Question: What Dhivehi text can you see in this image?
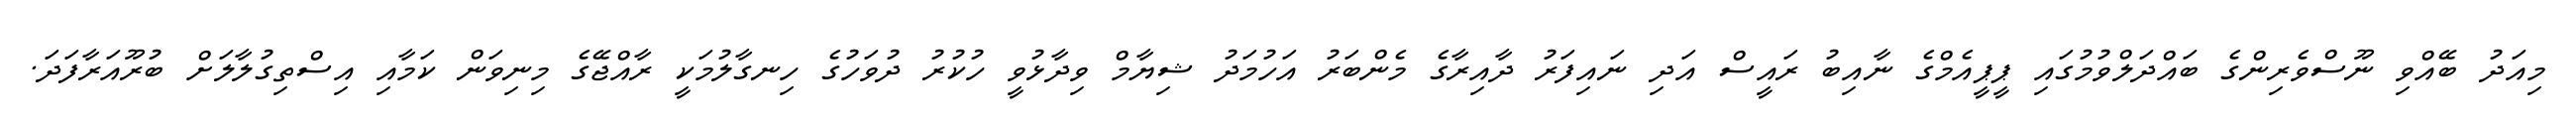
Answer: މިއަދު ބޭއްވި ނޫސްވެރިންގެ ބައްދަލްވުމުގައި ޕީޕީއެމްގެ ނާއިބު ރައީސް އަދި ނައިފަރު ދާއިރާގެ މެންބަރު އަހުމަދު ޝިޔާމް ވިދާޅުވީ ހުކުރު ދުވަހުގެ ހިނގާލުމަކީ ރާއްޖޭގެ މިނިވަން ކަމާއި އިސްތިގުލާލަށް ބުރޫއަރާފަދަ.